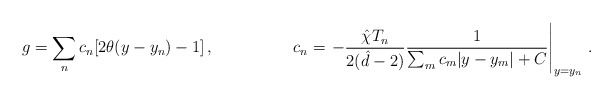
\begin{align*}g= \sum_{n}c_{n}[2\theta(y-y_{n})-1]\, , \hspace{2cm}c_{n} = \left.-\frac{\hat{\chi} T_{n}}{2(\hat{d}-2)}\frac{1}{\sum_{m}c_{m}|y-y_{m}|+C}\right|_{y=y_{n}}\, .\end{align*}